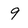
Character: 9